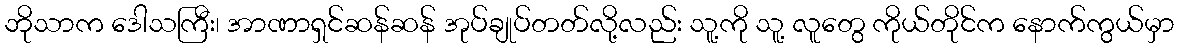
ဘိုသာက ဒေါသကြီး၊ အာဏာရှင်ဆန်ဆန် အုပ်ချုပ်တတ်လို့လည်း သူ့ကို သူ့ လူတွေ ကိုယ်တိုင်က နောက်ကွယ်မှာ